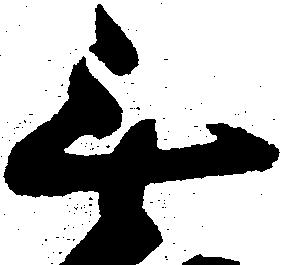
無